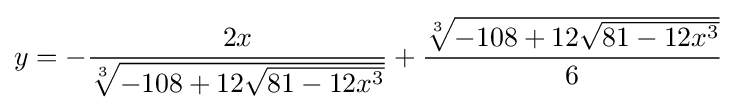
y=-{\frac {2x}{\sqrt[{3}]{-108+12{\sqrt {81-12x^{3}}}}}}+{\frac {\sqrt[{3}]{-108+12{\sqrt {81-12x^{3}}}}}{6}}